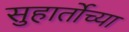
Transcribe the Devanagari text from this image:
सुहार्तोच्या